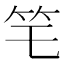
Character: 𥫥